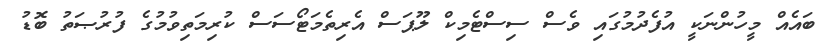
ބައެއް މީހުންނަކީ އުފެދުމުގައި ވެސް ސިސްޓެމިކް ލޫޕަސް އެރިތެމަޓޯސަސް ކުރިމަތިވުމުގެ ފުރުޞަތު ބޮޑު